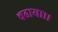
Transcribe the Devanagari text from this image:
चढाया।।